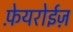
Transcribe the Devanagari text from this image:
फ़ेयरोईज़